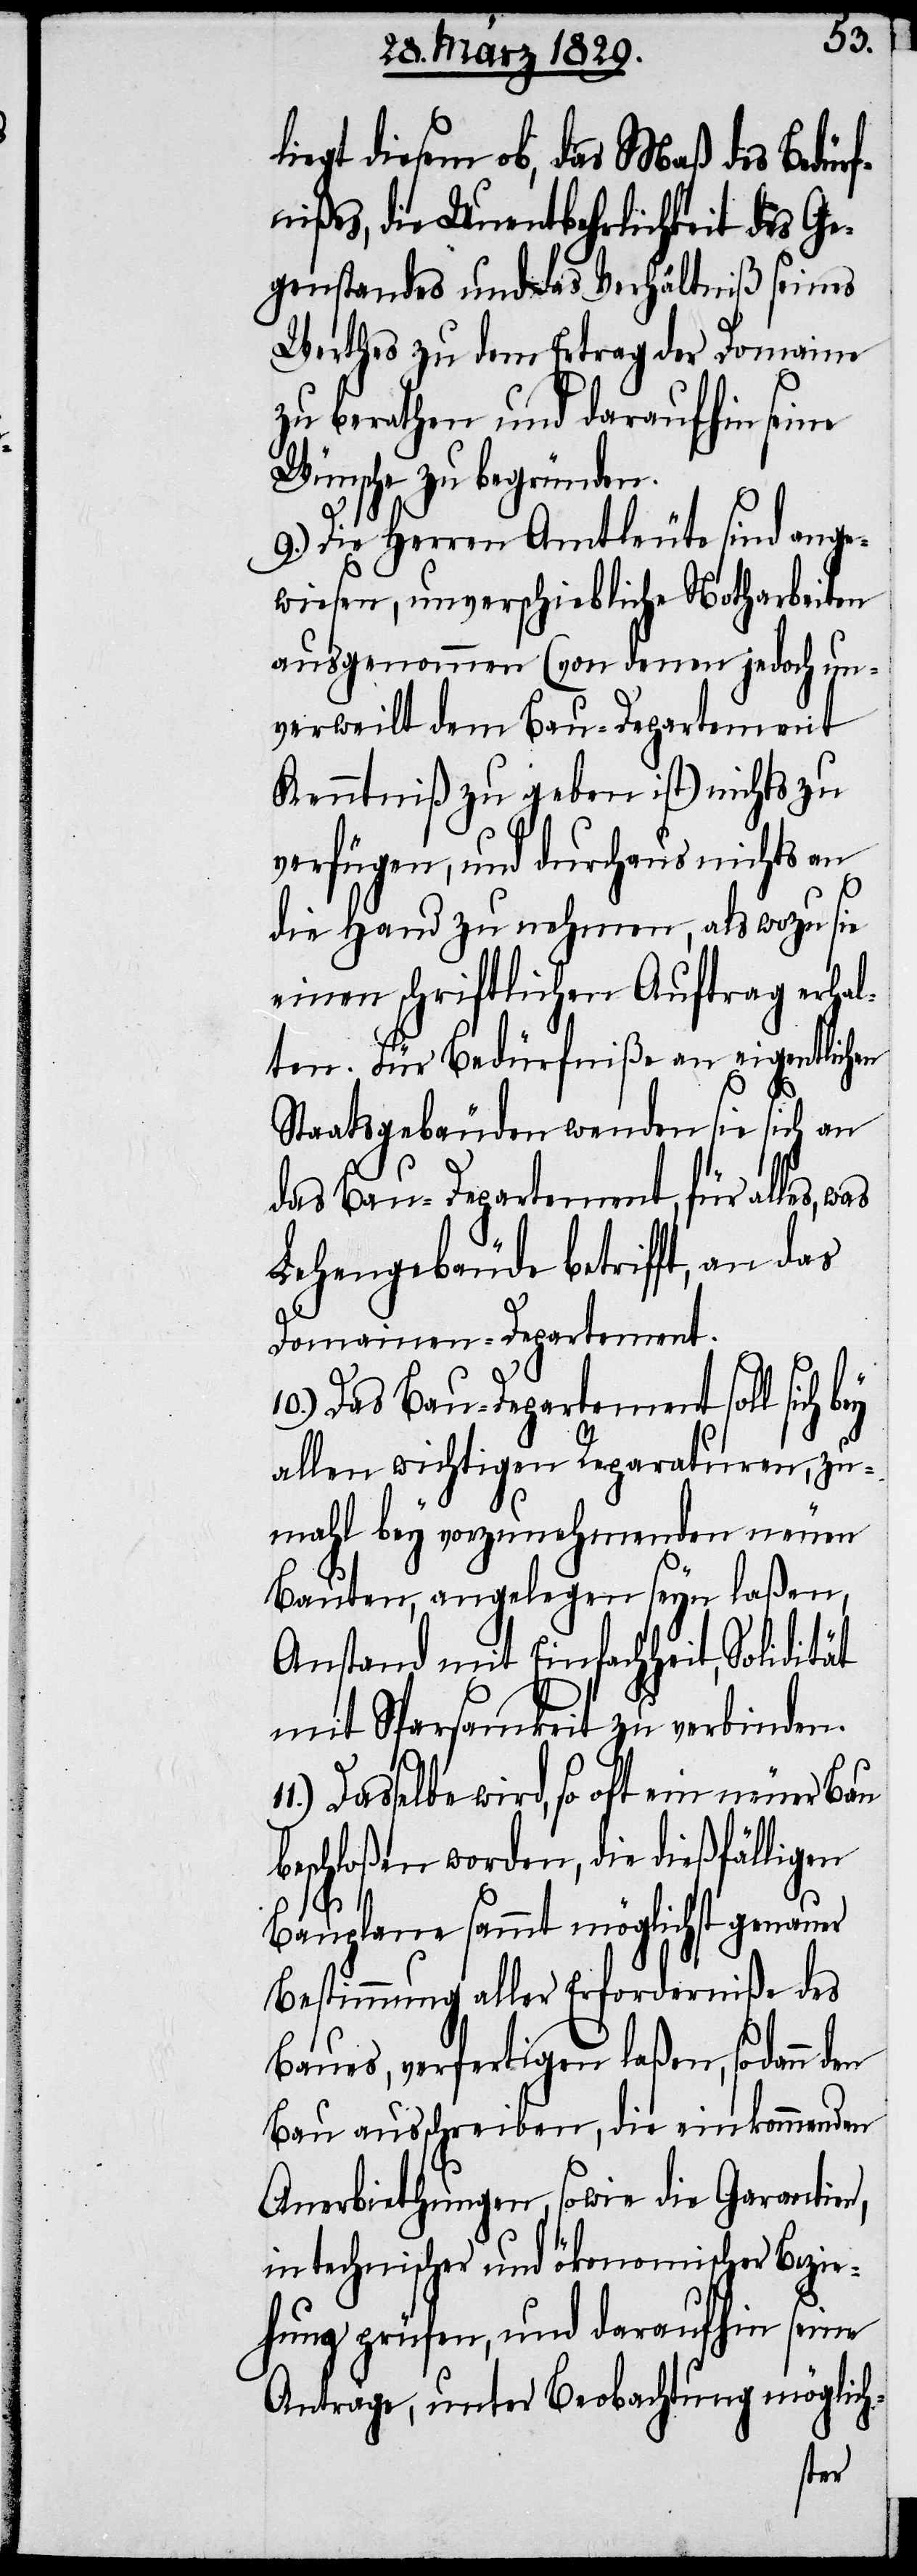
liegt diesem ob, das Maß des Bedürf¬
nißes, die Unentbehrlichkeit des Ge¬
genstandes und das Verhältniß seines
Werthes zu dem Ertrag der Domaine
zu berathen und daraufhin seine
Wünsche zu begründen.
9.) Die Herren Amtleute sind ange¬
wiesen, unverschiebliche Notharbeiten
ausgenommen (von denen jedoch un¬
verweilt dem Bau-Departement
Kenntniß zu geben ist) nichts zu
verfügen, und durchaus nichts an
die Hand zu nehmen, als wozu sie
einen schriftlichen Auftrag erhal¬
ten. Für Bedürfniße an eigentlichen
Staatsgebäuden wenden sie sich an
das Bau-Departement, für alle, was
Lehengebäude betrifft, an das
Domainen-Departement.
10.) Das Bau-Departement soll sich
allen wichtigen Reparaturen, zu¬
mahl bey vorzunehmenden neuen
Bauten, angelegen seyn laßen,
Anstand mit Einfachheit,
mit Sparsamkeit zu verbinden.
Dasselbe wird, so oft ein neuer Bau
beschloßen worden, die dießfälligen
Bauplane sammt möglichst genauer
Bestimmung aller Erforderniße des
Baues, verfertigen laßen, sodann
Bau ausschreiben, die einkommenden
Anerbiethungen, sowie die Garantien,
in technischer und ökonomischer Bezie¬
hung prüfen, und daraufhin seine
Anträge, unter Beobachtung möglich-